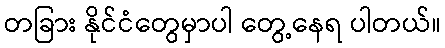
တခြား နိုင်ငံတွေမှာပါ တွေ့နေရ ပါတယ်။